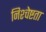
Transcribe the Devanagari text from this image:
निश्चेष्टता